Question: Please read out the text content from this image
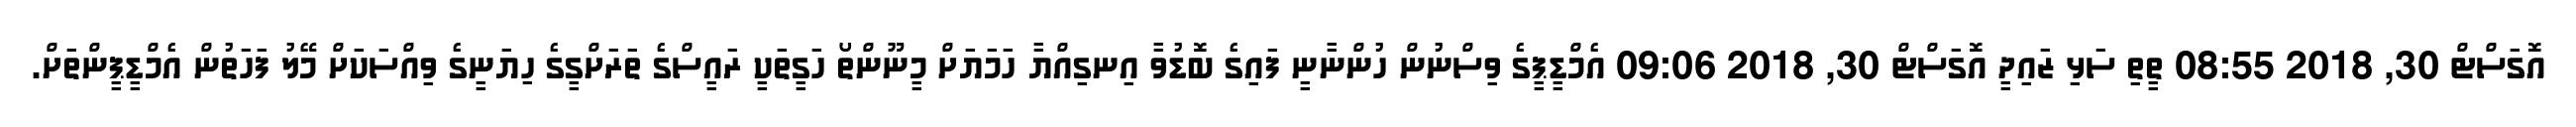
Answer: އޮގަސްޓް 30, 2018 08:55 ތީތި ސަޅި ޒައިދީ އޮގަސްޓް 30, 2018 09:06 އެމްޑީޕީގެ ވިސްނުން ހުންނާނީ ފައިގެ ބޮޑުވާ އިނގިއްޔާ ހަމަޔަށް މީނޫންތޯ ހަގީތަކީ ރައީސްގެ ތަރަށްގީގެ ހިޔަނީގެ ވިއްސަކަށް މޭލު ފަހަތުން އެމްޑީޕީންތަށް.